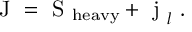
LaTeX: \mathrm { \boldmath ~ J ~ } = \mathrm { \boldmath ~ S ~ } _ { \mathrm { h e a v y } } + \mathrm { \boldmath ~ j ~ } _ { l } \ .